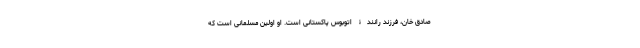
صادق خان، فرزند رانندۀ اتوبوس پاکستانی است. او اولین مسلمانی است که